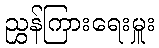
ညွှန်ကြားရေးမှူး